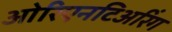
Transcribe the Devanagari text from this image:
ओरिएनटिअरिंग